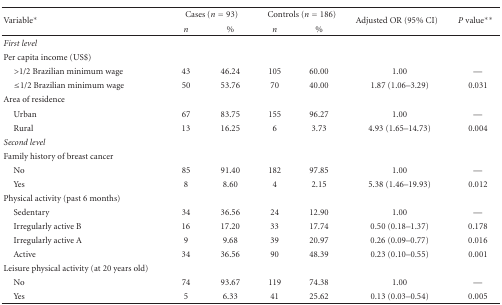
<table><thead><tr><td rowspan="2"><b>Variable*</b></td><td colspan="2"><b>Cases (<i>n</i> = 93)</b></td><td colspan="2"><b>Controls (<i>n</i> = 186)</b></td><td rowspan="2"><b>Adjusted OR (95% CI)</b></td><td rowspan="2"><b><i>P</i> value**</b></td></tr><tr><td><b><i>n</i></b></td><td><b>%</b></td><td><b><i>n</i></b></td><td><b>%</b></td></tr></thead><tbody><tr><td><i>First level</i></td><td></td><td></td><td></td><td></td><td></td><td></td></tr><tr><td>Per capita income (US$)</td><td></td><td></td><td></td><td></td><td></td><td></td></tr><tr><td> &gt;1/2 Brazilian minimum wage</td><td>43</td><td>46.24</td><td>105</td><td>60.00</td><td>1.00</td><td>—</td></tr><tr><td> ≤1/2 Brazilian minimum wage</td><td>50</td><td>53.76</td><td>70</td><td>40.00</td><td>1.87 (1.06–3.29)</td><td>0.031</td></tr><tr><td>Area of residence</td><td></td><td></td><td></td><td></td><td></td><td></td></tr><tr><td> Urban</td><td>67</td><td>83.75</td><td>155</td><td>96.27</td><td>1.00</td><td>—</td></tr><tr><td> Rural</td><td>13</td><td>16.25</td><td>6</td><td>3.73</td><td>4.93 (1.65–14.73)</td><td>0.004</td></tr><tr><td><i>Second level</i></td><td></td><td></td><td></td><td></td><td></td><td></td></tr><tr><td>Family history of breast cancer</td><td></td><td></td><td></td><td></td><td></td><td></td></tr><tr><td> No</td><td>85</td><td>91.40</td><td>182</td><td>97.85</td><td>1.00</td><td>—</td></tr><tr><td> Yes</td><td>8</td><td>8.60</td><td>4</td><td>2.15</td><td>5.38 (1.46–19.93)</td><td>0.012</td></tr><tr><td>Physical activity (past 6 months)</td><td></td><td></td><td></td><td></td><td></td><td></td></tr><tr><td> Sedentary</td><td>34</td><td>36.56</td><td>24</td><td>12.90</td><td>1.00</td><td>—</td></tr><tr><td> Irregularly active B</td><td>16</td><td>17.20</td><td>33</td><td>17.74</td><td>0.50 (0.18–1.37)</td><td>0.178</td></tr><tr><td> Irregularly active A</td><td>9</td><td>9.68</td><td>39</td><td>20.97</td><td>0.26 (0.09–0.77)</td><td>0.016</td></tr><tr><td> Active</td><td>34</td><td>36.56</td><td>90</td><td>48.39</td><td>0.23 (0.10–0.55)</td><td>0.001</td></tr><tr><td>Leisure physical activity (at 20 years old)</td><td></td><td></td><td></td><td></td><td></td><td></td></tr><tr><td> No</td><td>74</td><td>93.67</td><td>119</td><td>74.38</td><td>1.00</td><td>—</td></tr><tr><td> Yes</td><td>5</td><td>6.33</td><td>41</td><td>25.62</td><td>0.13 (0.03–0.54)</td><td>0.005</td></tr></tbody></table>